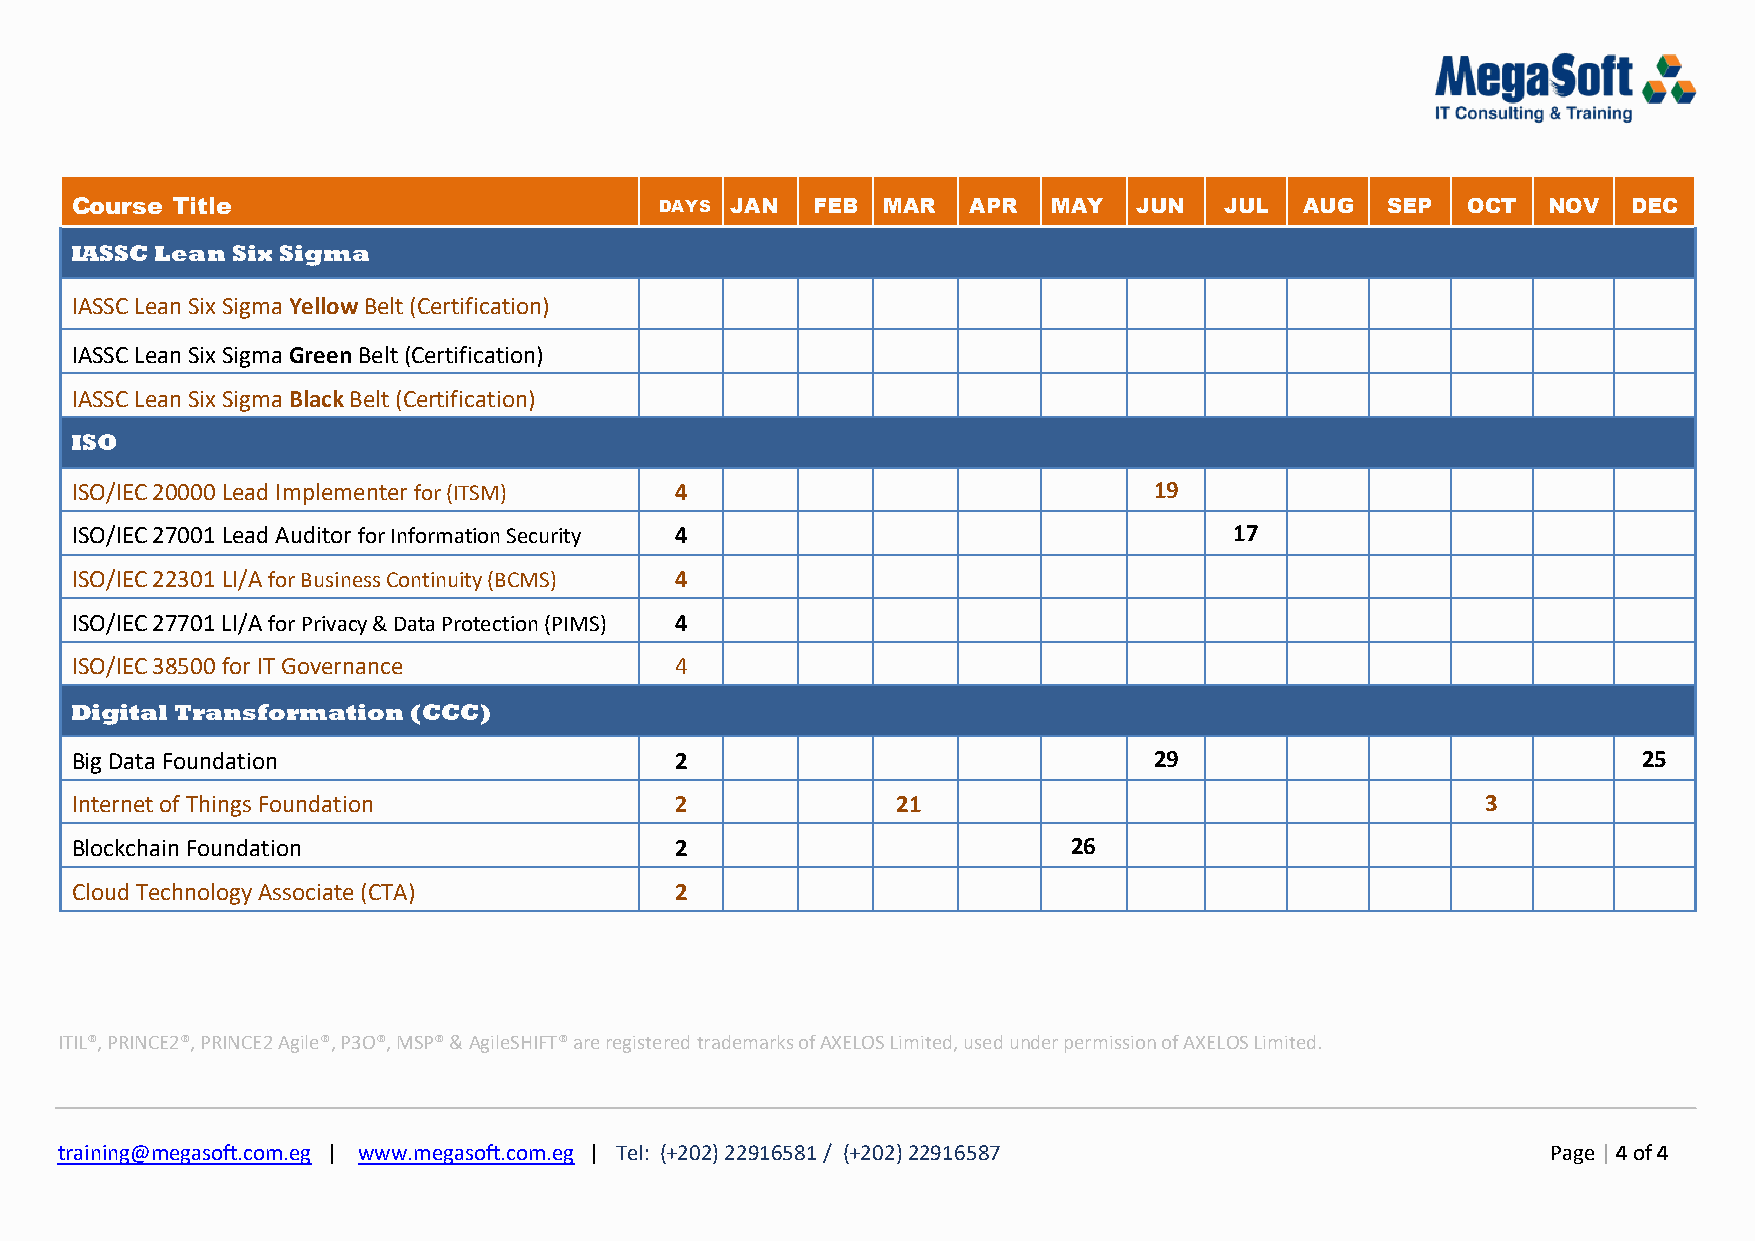
Course Title                           DAYS JAN  FEB MAR   APR   MAY  JUN   JUL  AUG   SEP  OCT  NOV   DEC
 IASSC Lean Six Sigma
 IASSC Lean Six Sigma Yellow Belt (Certification)
 IASSC Lean Six Sigma Green Belt (Certification)
 IASSC Lean Six Sigma Black Belt (Certification)
 ISO
 ISO/IEC 20000 Lead Implementer for (ITSM) 4                            19
 ISO/IEC 27001 Lead Auditor for Information Security 4                        17
 ISO/IEC 22301 LI/A for Business Continuity (BCMS) 4
 ISO/IEC 27701 LI/A for Privacy & Data Protection (PIMS) 4
 ISO/IEC 38500 for IT Governance         4
 Digital Transformation (CCC)
 Big Data Foundation                     2                              29                               25
 Internet of Things Foundation           2             21                                     3
 Blockchain Foundation                   2                         26
 Cloud Technology Associate (CTA)        2
 ITIL®, PRINCE2®, PRINCE2 Agile®, P3O®, MSP® & AgileSHIFT® are registered trademarks of AXELOS Limited, used under permission of AXELOS Limited.
 training@megasoft.com.eg | www.megasoft.com.eg | Tel: (+202) 22916581 / (+202) 22916587            Page | 4 of 4